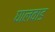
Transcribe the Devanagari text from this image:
घालवाड